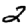
Digit: 2